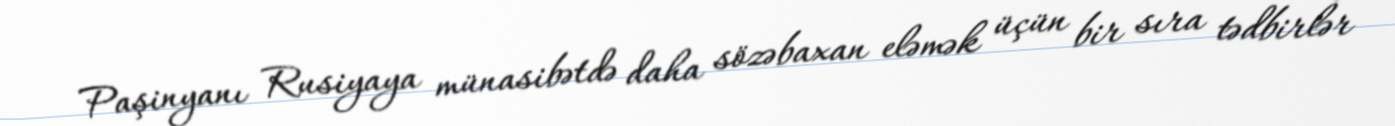
Paşinyanı Rusiyaya münasibətdə daha sözəbaxan eləmək üçün bir sıra tədbirlər